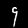
Digit: 9